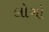
લોગો